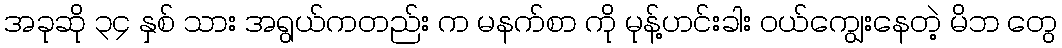
အခုဆို ၃၄ နှစ် သား အရွယ်ကတည်း က မနက်စာ ကို မုန့်ဟင်းခါး ဝယ်ကျွေးနေတဲ့ မိဘ တွေ